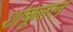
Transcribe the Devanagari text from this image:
शांकुतल